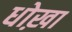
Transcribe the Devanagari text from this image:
धोख़ा